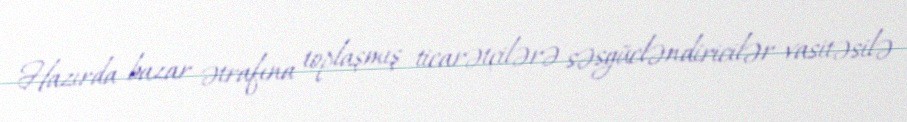
Hazırda bazar ətrafına toplaşmış ticarətçilərə səsgücləndiricilər vasitəsilə